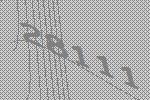
28111